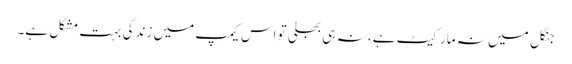
جنگل میں نہ مارکیٹ ہے، نہ ہی بجلی تو اس کیمپ میں زندگی بہت مشکل ہے۔